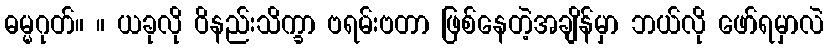
ဓမ္မဂုတ်။ ။ ယခုလို ဝိနည်းသိက္ခာ ဗရမ်းဗတာ ဖြစ်နေတဲ့အချိန်မှာ ဘယ်လို ဖော်ရမှာလဲ